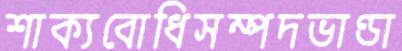
শাক্যবোধিসম্পদভাণ্ডা